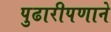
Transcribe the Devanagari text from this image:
पुढारीपणाने